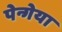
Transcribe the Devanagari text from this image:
पेन्गेया